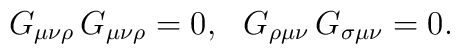
G_{\mu \nu \rho} \, G_{\mu \nu \rho}  =  0, \,\,\,\,G_{\rho \mu \nu } \, G_{\sigma \mu \nu }  =  0.